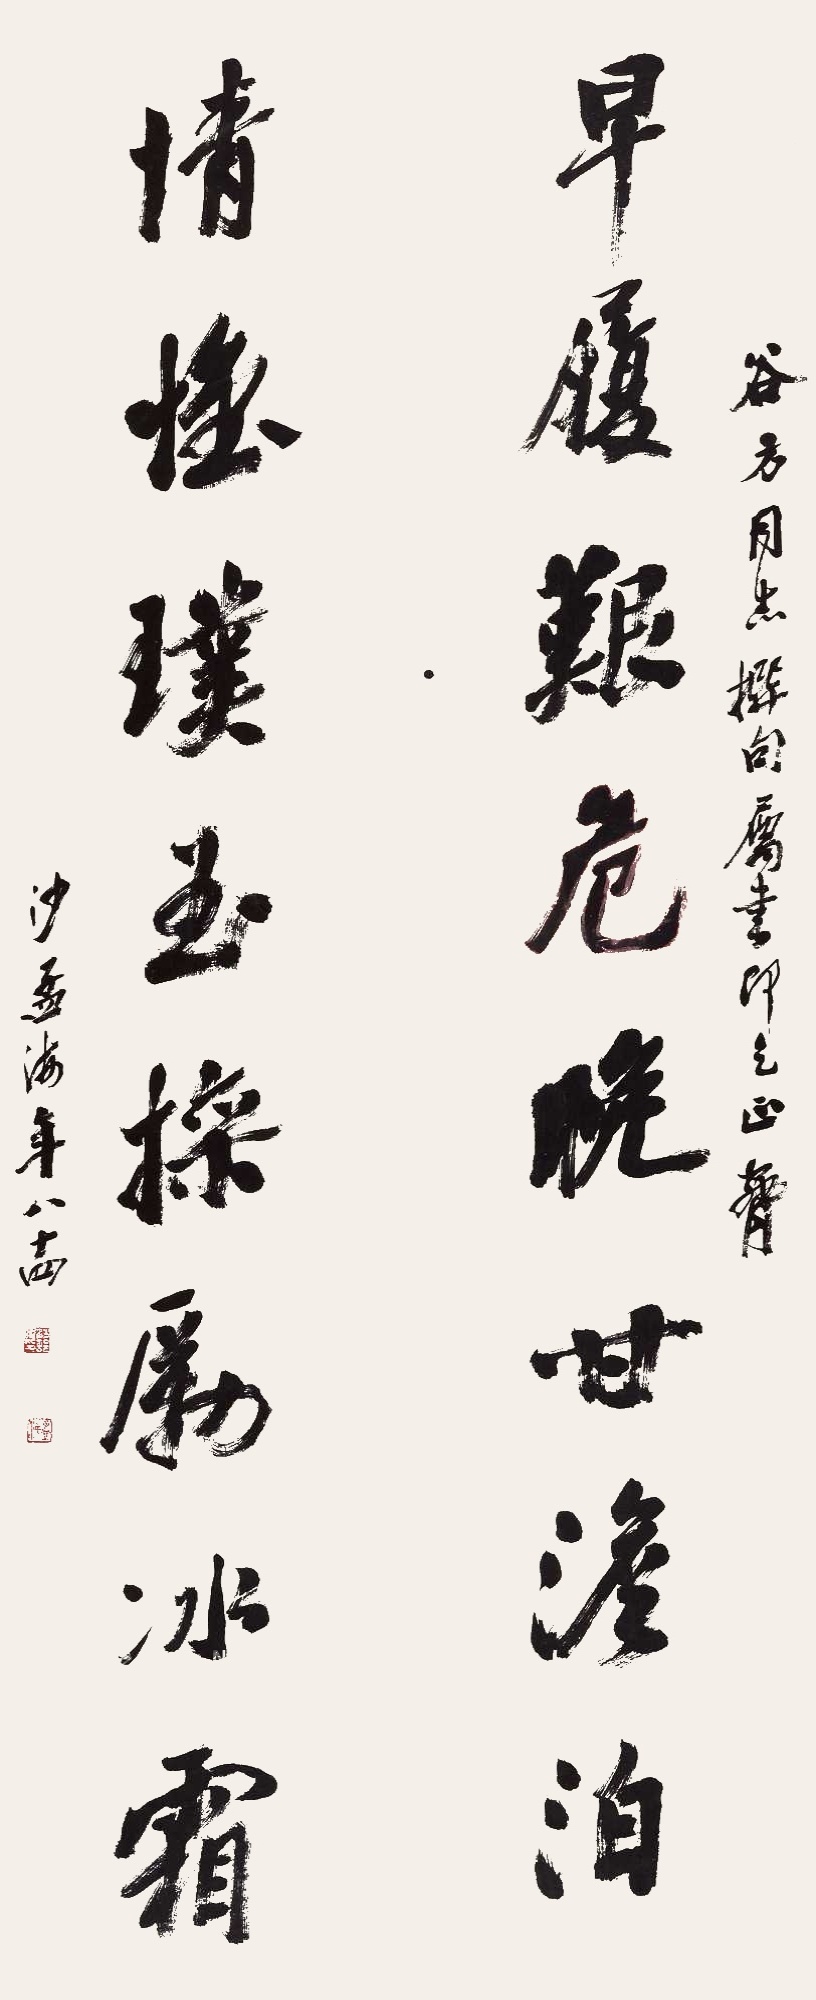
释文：早履艰危晚甘澹泊，情惟璞玉操励冰霜。谷方同志撰句属书，即乞正腕，沙孟海年八十四。